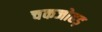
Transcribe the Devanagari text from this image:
चकजोहड़